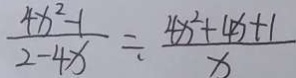
\frac { 4 x ^ { 2 } - 1 } { 2 - 4 x } \div \frac { 4 x ^ { 2 } + 4 x + 1 } { x }